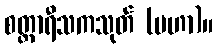
စတ္တာရီသကသုတ် (မဟာ)။